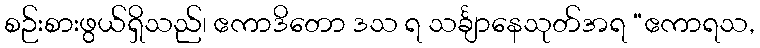
စဉ်းစားဖွယ်ရှိသည်၊ ဧကာဒိတော ဒသ ရ သင်္ချာနေသုတ်အရ “ဧကာရသ,